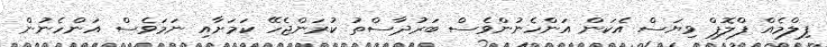
ފިލްމެއް ފްލޮޕް ވިޔަސް އެކަން އަންހެނުންވެސް ބަރުދާސްތު ކުރަންޖެހޭ ކަމަށާއި ނަމަވެސް އަންހެނުން